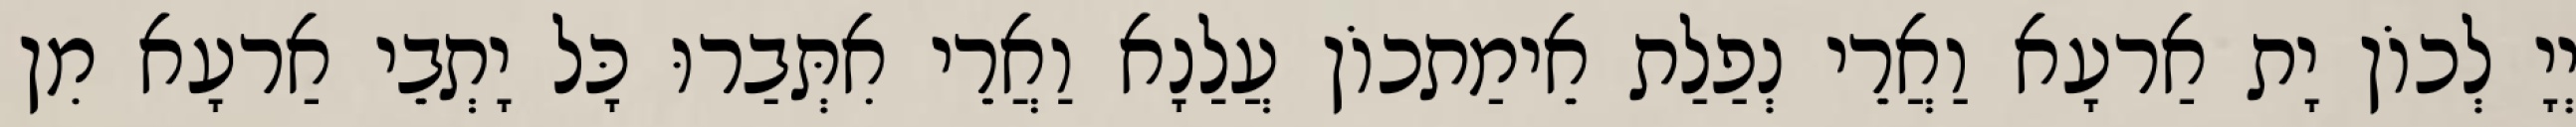
יְיָ לְכוֹן יָת אַרעָא וַאֲרֵי נְפַלַת אֵימַתכוֹן עֲלַנָא וַאֲרֵי אִתְּבַרוּ כָּל יָתְבֵי אַרעָא מִן